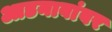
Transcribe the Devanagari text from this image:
आडनावांवर